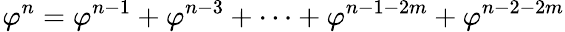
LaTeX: \! \ \varphi^{n}=\varphi^{n-1}+\varphi^{n-3}+\cdots+\varphi^{n-1-2m}+\varphi^{n-2-2m}